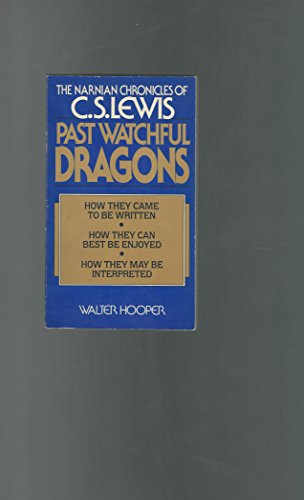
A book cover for Past Watchful Dragons: The Narnian Chronicles of C. S. Lewis; Walter Hooper; Science Fiction & Fantasy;